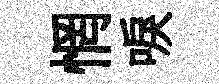
惘唳